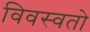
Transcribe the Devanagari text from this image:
विवस्वतो